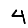
Digit: 4